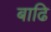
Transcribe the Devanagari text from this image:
बाढि